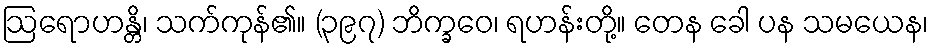
ဩရောဟန္တိ၊ သက်ကုန်၏။ (၃၉၇) ဘိက္ခဝေ၊ ရဟန်းတို့။ တေန ခေါ ပန သမယေန၊